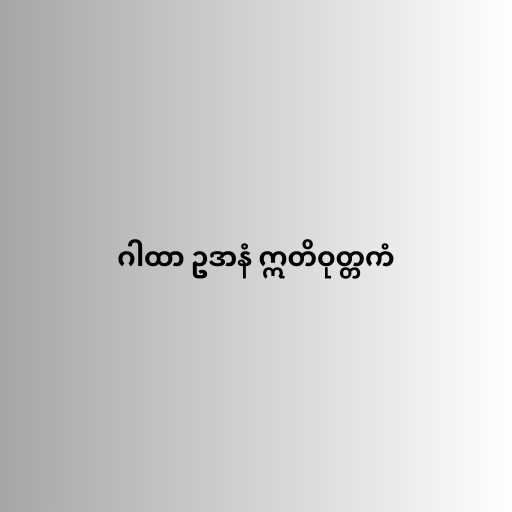
ဂါထာ ဥဒာနံ ဣတိဝုတ္တကံ